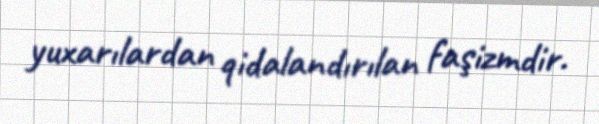
yuxarılardan qidalandırılan faşizmdir.